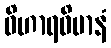
ဝိဟာရဝိမာနံ